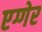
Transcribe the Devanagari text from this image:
एग्गेर